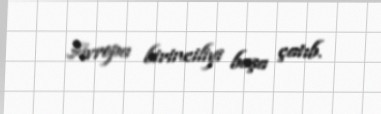
Avropa birinciliyi başa çatıb.